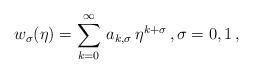
LaTeX: \begin{align*}w_\sigma(\eta)=\sum_{k=0}^\infty\,a_{k,\sigma}\,\eta^{k+\sigma}\,, \sigma=0, 1\,, \end{align*}